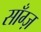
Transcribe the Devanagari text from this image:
साँग्ज़